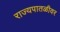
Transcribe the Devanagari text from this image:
राज्यपातळीवर